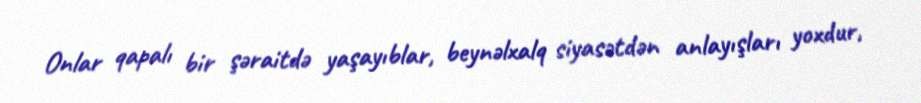
Onlar qapalı bir şəraitdə yaşayıblar, beynəlxalq siyasətdən anlayışları yoxdur,